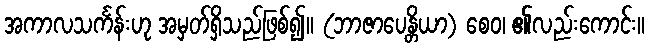
အကာလသင်္ကန်းဟု အမှတ်ရှိသည်ဖြစ်၍။ (ဘာဇာပေန္တိယာ) စေဝ၊ ၏လည်းကောင်း။